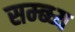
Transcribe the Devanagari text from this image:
सम्ब्ध्य